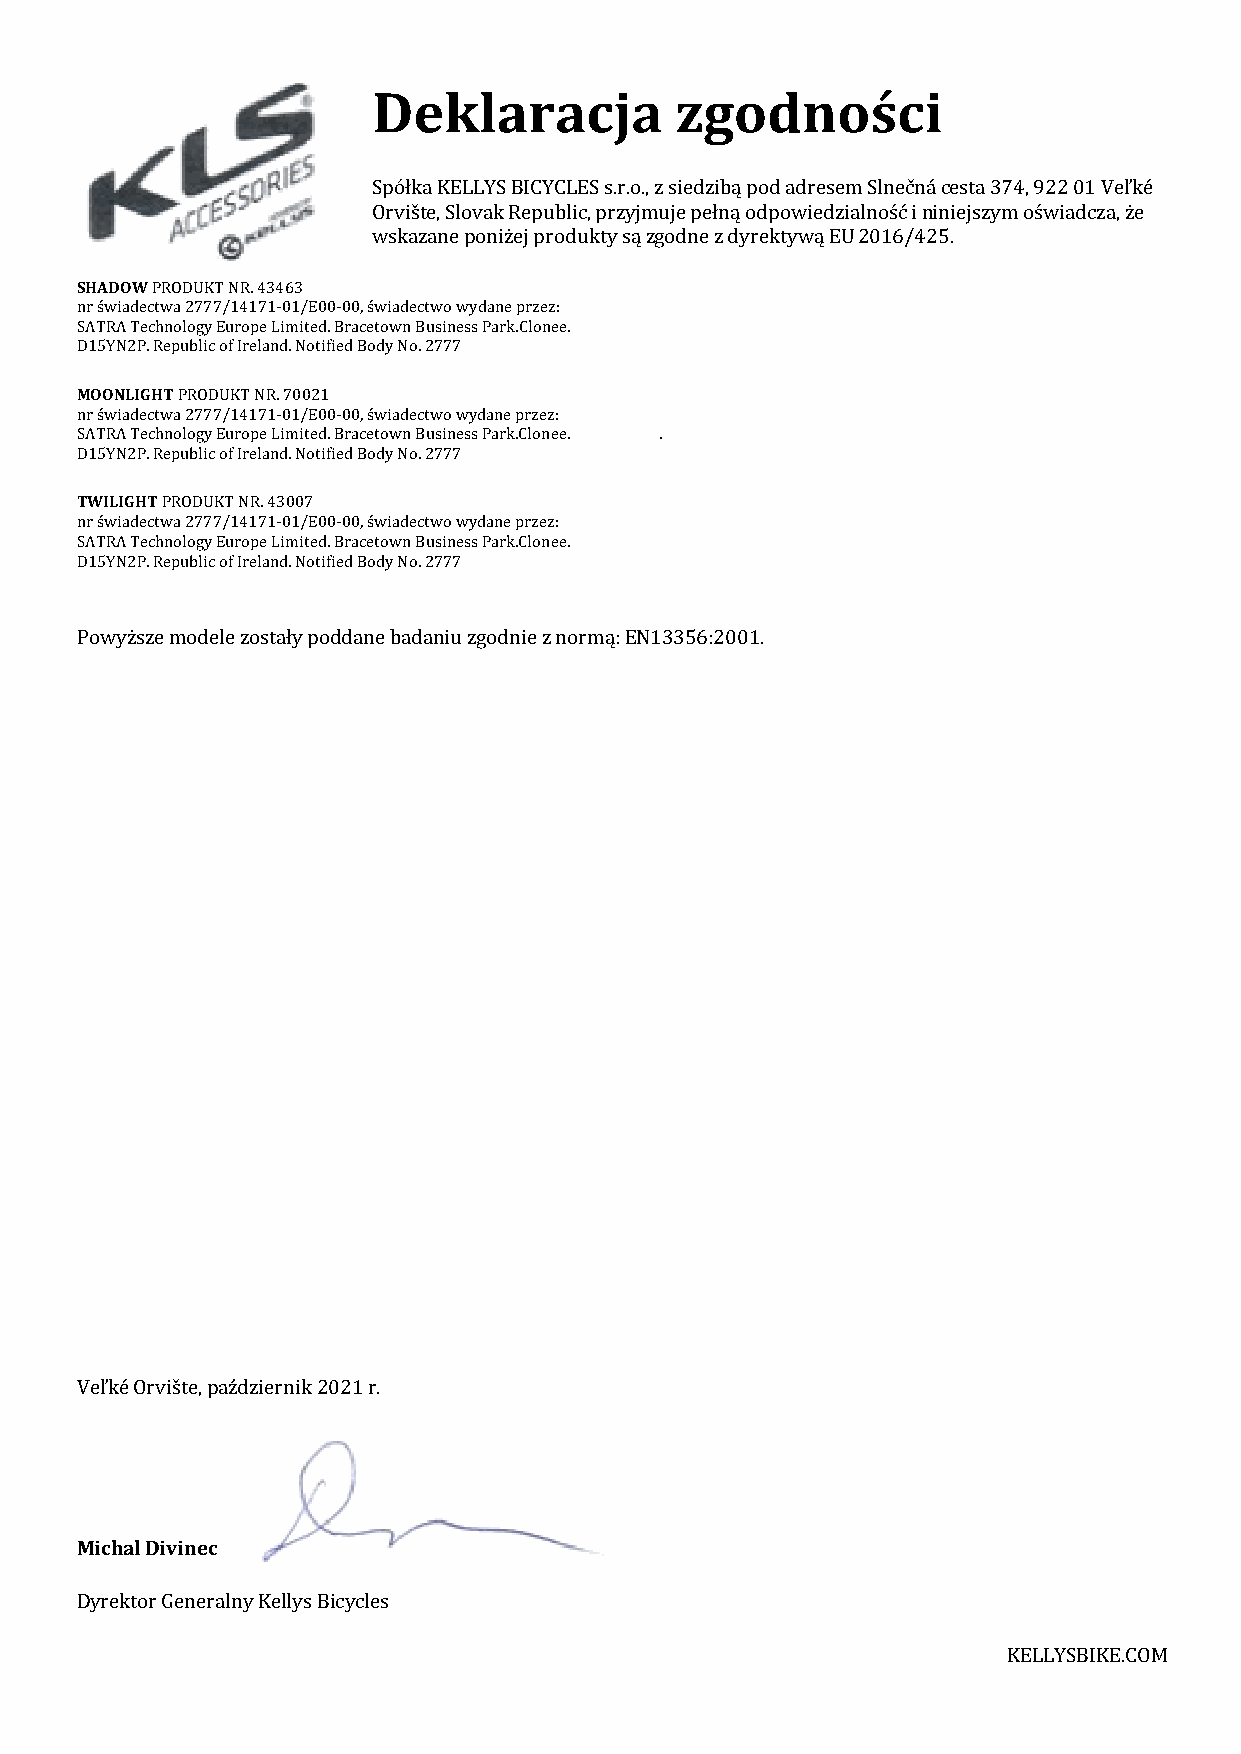
Deklaracja          zgodności
 Spółka KELLYS BICYCLES s.r.o., z siedzibą pod adresem Slnečná cesta 374, 922 01 Veľké
 Orvište, Slovak Republic, przyjmuje pełną odpowiedzialność i niniejszym oświadcza, że
 wskazane poniżej produkty są zgodne z dyrektywą EU 2016/425.
 SHADOW PRODUKT NR. 43463
 nr świadectwa 2777/14171-01/E00-00, świadectwo wydane przez:
 SATRA Technology Europe Limited. Bracetown Business Park.Clonee.
 D15YN2P. Republic of Ireland. Notified Body No. 2777
 MOONLIGHT PRODUKT NR. 70021
 nr świadectwa 2777/14171-01/E00-00, świadectwo wydane przez:
 SATRA Technology Europe Limited. Bracetown Business Park.Clonee. .
 D15YN2P. Republic of Ireland. Notified Body No. 2777
 TWILIGHT PRODUKT NR. 43007
 nr świadectwa 2777/14171-01/E00-00, świadectwo wydane przez:
 SATRA Technology Europe Limited. Bracetown Business Park.Clonee.
 D15YN2P. Republic of Ireland. Notified Body No. 2777
 Powyższe modele zostały poddane badaniu zgodnie z normą: EN13356:2001.
 Veľké Orvište, październik 2021 r.
 Michal Divinec
 Dyrektor Generalny Kellys Bicycles
 KELLYSBIKE.COM